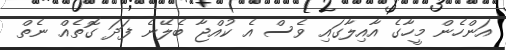
އަންހެން މީހާގެ އާއިލާގައި ވެސް އެ ކުއްޖާ ބެލޭނެ ފަދަ ގޮތެއް ނެތް